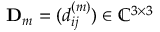
\mathbf D _ { m } = ( d _ { i j } ^ { ( m ) } ) \in \mathbb { C } ^ { 3 \times 3 }